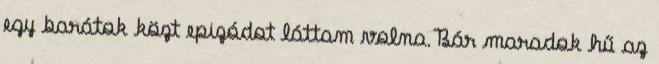
egy barátok közt epizódot láttam volna.Bár maradok hű az